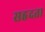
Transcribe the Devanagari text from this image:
सहृदता